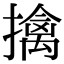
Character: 擒